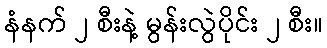
နံနက် ၂ စီးနဲ့ မွန်းလွဲပိုင်း ၂ စီး။